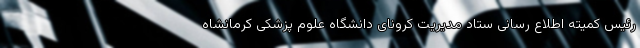
رئیس کمیته اطلاع رسانی ستاد مدیریت کرونای دانشگاه علوم پزشکی کرمانشاه